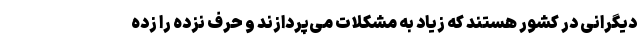
دیگرانی در کشور هستند که زیاد به مشکلات می‌پردازند و حرف نزده را زده